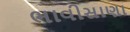
ભાવીસાણા